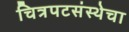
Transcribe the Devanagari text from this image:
चित्रपटसंस्थेचा